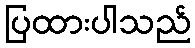
ပြထားပါသည်